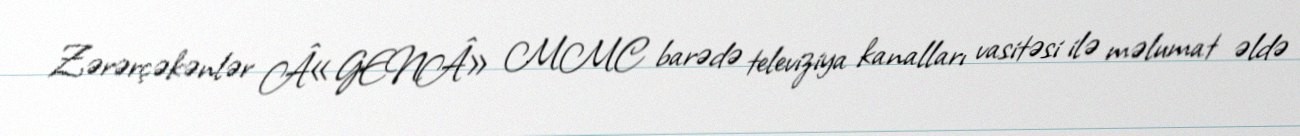
Zərərçəkənlər Â«GENÂ» MMC barədə televiziya kanalları vasitəsi ilə məlumat əldə